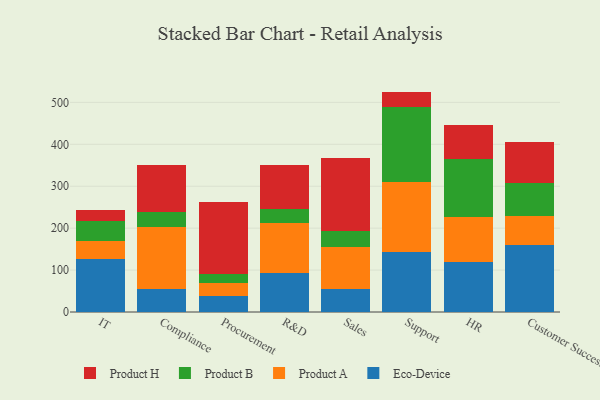
{"axis": {"x": "Department", "y": "Waste Production (Tons)"}, "legend": ["Eco-Device", "Product A", "Product B", "Product H"], "data": [{"x": "IT", "y": 126.0, "type": "Eco-Device"}, {"x": "IT", "y": 42.9, "type": "Product A"}, {"x": "IT", "y": 47.2, "type": "Product B"}, {"x": "IT", "y": 26.6, "type": "Product H"}, {"x": "Compliance", "y": 53.7, "type": "Eco-Device"}, {"x": "Compliance", "y": 147.9, "type": "Product A"}, {"x": "Compliance", "y": 37.5, "type": "Product B"}, {"x": "Compliance", "y": 111.8, "type": "Product H"}, {"x": "Procurement", "y": 37.9, "type": "Eco-Device"}, {"x": "Procurement", "y": 31.9, "type": "Product A"}, {"x": "Procurement", "y": 21.8, "type": "Product B"}, {"x": "Procurement", "y": 171.8, "type": "Product H"}, {"x": "R&D", "y": 92.9, "type": "Eco-Device"}, {"x": "R&D", "y": 119.8, "type": "Product A"}, {"x": "R&D", "y": 32.2, "type": "Product B"}, {"x": "R&D", "y": 106.4, "type": "Product H"}, {"x": "Sales", "y": 53.9, "type": "Eco-Device"}, {"x": "Sales", "y": 101.3, "type": "Product A"}, {"x": "Sales", "y": 38.3, "type": "Product B"}, {"x": "Sales", "y": 173.4, "type": "Product H"}, {"x": "Support", "y": 143.7, "type": "Eco-Device"}, {"x": "Support", "y": 166.3, "type": "Product A"}, {"x": "Support", "y": 178.0, "type": "Product B"}, {"x": "Support", "y": 37.7, "type": "Product H"}, {"x": "HR", "y": 119.4, "type": "Eco-Device"}, {"x": "HR", "y": 107.3, "type": "Product A"}, {"x": "HR", "y": 138.6, "type": "Product B"}, {"x": "HR", "y": 80.7, "type": "Product H"}, {"x": "Customer Success", "y": 159.1, "type": "Eco-Device"}, {"x": "Customer Success", "y": 69.0, "type": "Product A"}, {"x": "Customer Success", "y": 79.5, "type": "Product B"}, {"x": "Customer Success", "y": 97.1, "type": "Product H"}]}